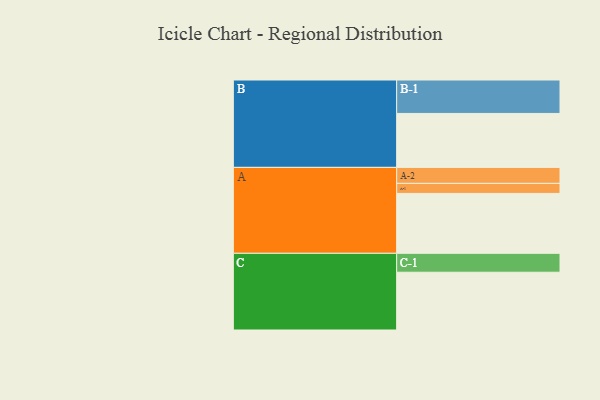
{"axis": {"x": "Segment", "y": "Value"}, "legend": ["", "A", "B", "C"], "data": [{"x": "A", "y": 453, "type": ""}, {"x": "B", "y": 408, "type": ""}, {"x": "C", "y": 437, "type": ""}, {"x": "A-1", "y": 76, "type": "A"}, {"x": "A-2", "y": 121, "type": "A"}, {"x": "B-1", "y": 253, "type": "B"}, {"x": "C-1", "y": 143, "type": "C"}]}